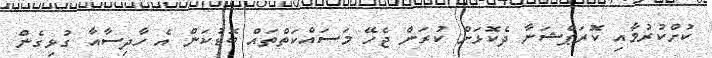
ކުށްކުރުމާއި ކޮރަޕްޝަނާ ދެކޮޅަށް ކުރަން ޖެހޭ މަސައްކަތްތައް ބޮޑުކަން އެ ހާދިސާއާ ގުޅިގެން